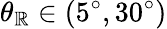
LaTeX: {\theta_{\mathbb{R}}}\in(5^{\circ},30^{\circ})